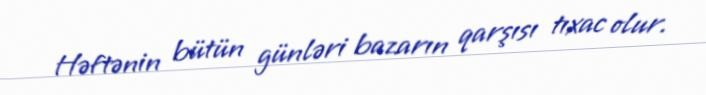
Həftənin bütün günləri bazarın qarşısı tıxac olur.